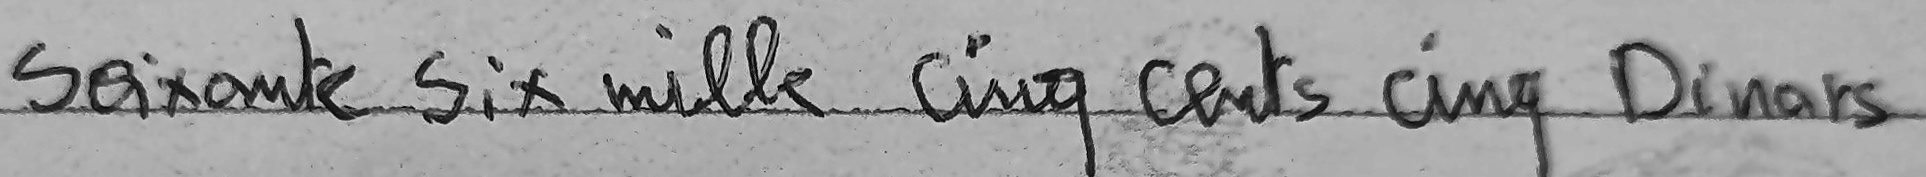
Soixante Six mille cinq cents cinq Dinars